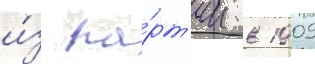
и́з па́рт'ии в 1909